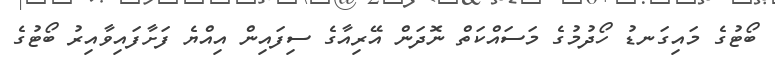
ބޯޓުގެ މައިގަނޑު ހޯދުމުގެ މަސައްކަތް ނޮދަން އޭރިއާގެ ސިފައިން އިއްޔެ ފަށާފައިވާއިރު ބޯޓުގެ